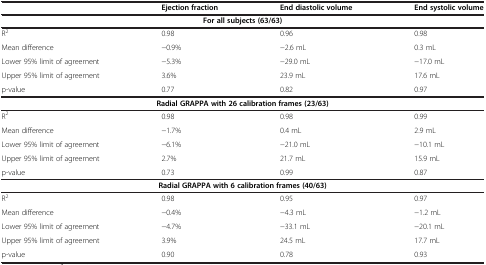
<table><thead><tr><td></td><td><b>Ejection fraction</b></td><td><b>End diastolic volume</b></td><td><b>End systolic volume</b></td></tr></thead><tbody><tr><td colspan="4"><b>For all subjects (63/63)</b></td></tr><tr><td>R<sup>2</sup></td><td>0.98</td><td>0.96</td><td>0.98</td></tr><tr><td>Mean difference</td><td>−0.9%</td><td>−2.6 mL</td><td>0.3 mL</td></tr><tr><td>Lower 95% limit of agreement</td><td>−5.3%</td><td>−29.0 mL</td><td>−17.0 mL</td></tr><tr><td>Upper 95% limit of agreement</td><td>3.6%</td><td>23.9 mL</td><td>17.6 mL</td></tr><tr><td>p-value</td><td>0.77</td><td>0.82</td><td>0.97</td></tr><tr><td colspan="4"><b>Radial GRAPPA with 26 calibration frames (23/63)</b></td></tr><tr><td>R<sup>2</sup></td><td>0.98</td><td>0.98</td><td>0.99</td></tr><tr><td>Mean difference</td><td>−1.7%</td><td>0.4 mL</td><td>2.9 mL</td></tr><tr><td>Lower 95% limit of agreement</td><td>−6.1%</td><td>−21.0 mL</td><td>−10.1 mL</td></tr><tr><td>Upper 95% limit of agreement</td><td>2.7%</td><td>21.7 mL</td><td>15.9 mL</td></tr><tr><td>p-value</td><td>0.73</td><td>0.99</td><td>0.87</td></tr><tr><td colspan="4"><b>Radial GRAPPA with 6 calibration frames (40/63)</b></td></tr><tr><td>R<sup>2</sup></td><td>0.98</td><td>0.95</td><td>0.97</td></tr><tr><td>Mean difference</td><td>−0.4%</td><td>−4.3 mL</td><td>−1.2 mL</td></tr><tr><td>Lower 95% limit of agreement</td><td>−4.7%</td><td>−33.1 mL</td><td>−20.1 mL</td></tr><tr><td>Upper 95% limit of agreement</td><td>3.9%</td><td>24.5 mL</td><td>17.7 mL</td></tr><tr><td>p-value</td><td>0.90</td><td>0.78</td><td>0.93</td></tr></tbody></table>